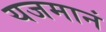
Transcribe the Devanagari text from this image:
यजमानं